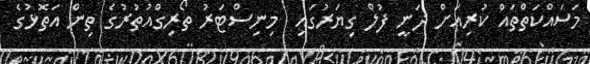
މަސައްކަތްތައް ކުރިއަށް ދަނީ ފުލް ގިޔަރުގައި  މިނިސްޓަރު ތޯރިގްއުތުރުގެ ތިން އަތޮޅުގެ